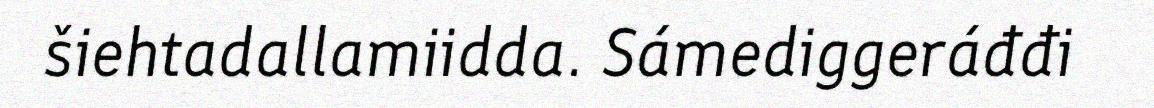
šiehtadallamiidda. Sámediggeráđđi